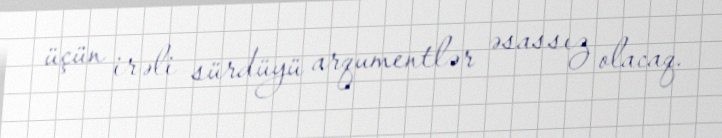
üçün irəli sürdüyü arqumentlər əsassız olacaq.